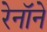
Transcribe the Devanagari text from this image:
रेनॉने